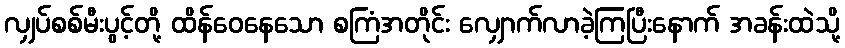
လျှပ်စစ်မီးပွင့်တို့ ထိန်ဝေနေသော စကြံအတိုင်း လျှောက်လာခဲ့ကြပြီးနောက် အခန်းထဲသို့